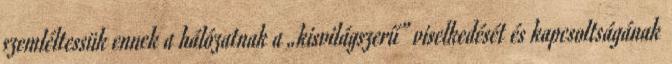
szemléltessük ennek a hálózatnak a „kisvilágszerű” viselkedését és kapcsoltságának